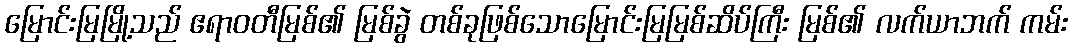
မြောင်းမြမြို့သည် ဧရာဝတီမြစ်၏ မြစ်ခွဲ တစ်ခုဖြစ်သောမြောင်းမြမြစ်ဆိပ်ကြီး မြစ်၏ လက်ယာဘက် ကမ်း